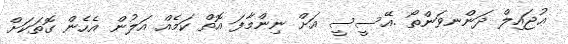
ޢުޖައިލް ދަންނވަންތޯ .އޭސީސީ އަށް ނިންމާފަ އޮތް ކަމެއް އަލުން އެހެން ގޮތަކަށް